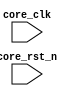
module CacheManager(
	input	core_clk,									//%	核心模块时钟
	input	core_rst_n,									//%	核心模块复位(低信号复位)
);



endmodule